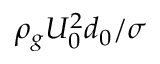
\rho _ { g } U _ { 0 } ^ { 2 } d _ { 0 } / \sigma